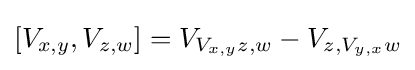
[V_{x,y},V_{z,w}]=V_{V_{x,y}z,w}-V_{z,V_{y,x}w}